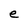
Character: e